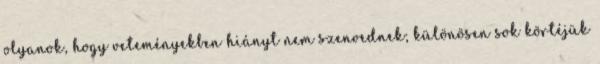
olyanok, hogy veteményekben hiányt nem szenvednek; különösen sok körtéjük